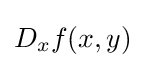
D_{x}f(x,y)